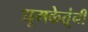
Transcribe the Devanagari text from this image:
धूमकेतूंनी